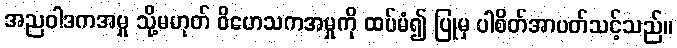
အညဝါဒကအမှု သို့မဟုတ် ဝိဟေသကအမှုကို ထပ်မံ၍ ပြုမှ ပါစိတ်အာပတ်သင့်သည်။